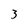
Character: 3